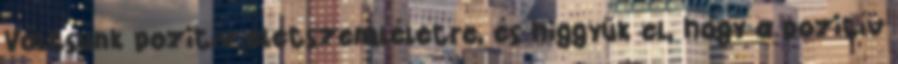
Váltsunk pozitív életszemléletre, és higgyük el, hogy a pozitív